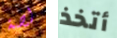
لصة أتخذ